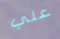
علي